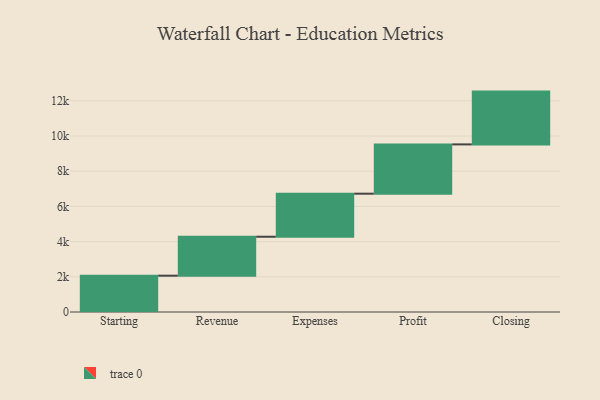
{"axis": {"x": "Step", "y": "Value"}, "legend": [""], "data": [{"x": "Starting", "y": 2063.0, "type": ""}, {"x": "Revenue", "y": 2214.0, "type": ""}, {"x": "Expenses", "y": 2446.0, "type": ""}, {"x": "Profit", "y": 2801.0, "type": ""}, {"x": "Closing", "y": 3000, "type": ""}]}